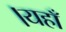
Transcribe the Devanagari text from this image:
।यहाँ